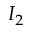
I _ { 2 }